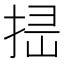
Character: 𢭈